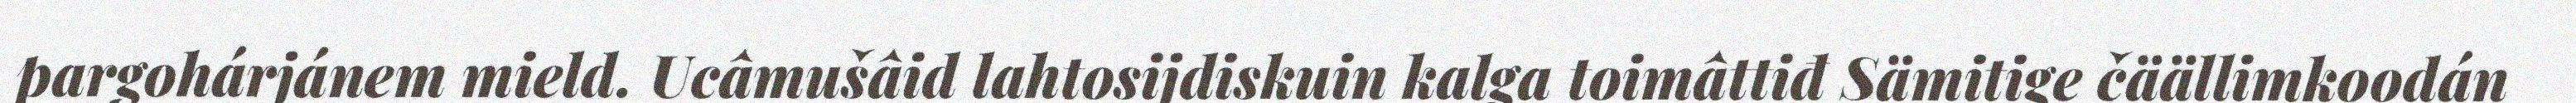
pargohárjánem mield. Ucâmušâid lahtosijdiskuin kalga toimâttiđ Sämitige čäällimkoodán